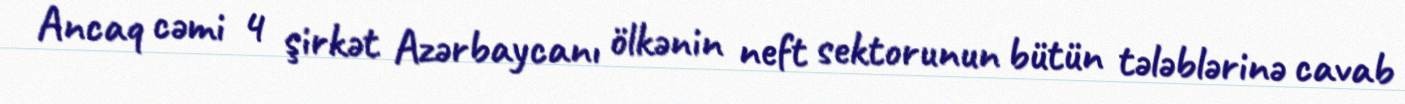
Ancaq cəmi 4 şirkət Azərbaycanı ölkənin neft sektorunun bütün tələblərinə cavab